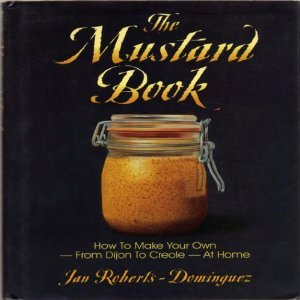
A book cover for The Mustard Book; Jan Roberts-Dominguez; Cookbooks, Food & Wine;